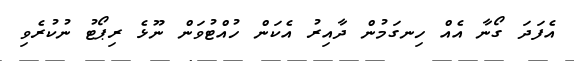
އެފަދަ ގޯނާ އެއް ހިނގަމުން ދާއިރު އެކަން ހުއްޓުވަން ނޫޅެ ރިޕޯޓު ނުކުރެވި